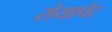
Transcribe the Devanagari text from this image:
रोयापेट